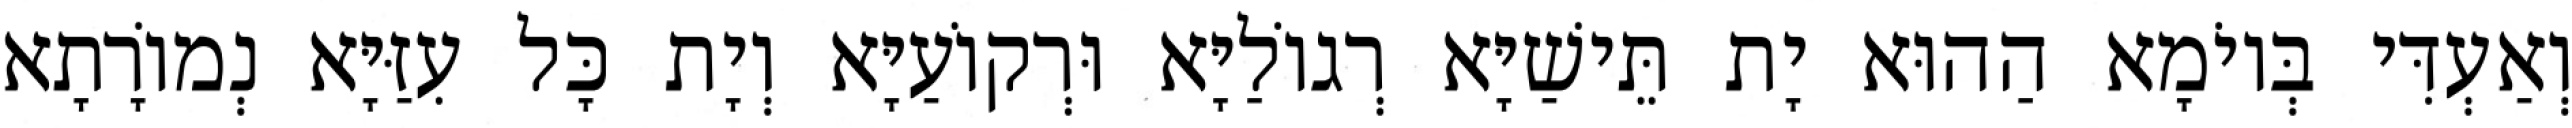
וְאַעְדִּי בְּיוֹמָא הַהוּא יָת תֵּישַׁיָּא רְגוֹלַיָּא וּרְקוֹעַיָּא וְיָת כָּל עִזַּיָּא נְמוֹרָתָא